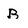
Character: B